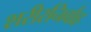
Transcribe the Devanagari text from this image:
शरीरनिर्वाह